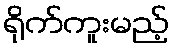
ရိုက်ကူးမည့်